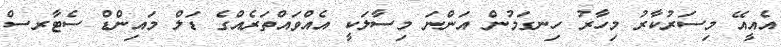
އެއީއޭ މިސަރުކާރު މިހާރު ހިނގަމުން އަންނަ މިސާލަކީ އެއްވައްތަރެއްގެ ޑަލް މައިންޑް ސެޓާރސް